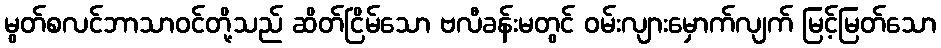
မွတ်စလင်ဘာသာဝင်တို့သည် ဆိတ်ငြိမ်သော ဗလီခန်းမတွင် ဝမ်းလျားမှောက်လျက် မြင့်မြတ်သော